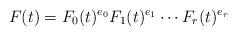
LaTeX: \begin{align*}F(t)=F_{0}(t)^{e_{0}}F_{1}(t)^{e_{1}}\cdots F_{r}(t)^{e_{r}}\end{align*}